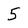
Character: 5